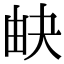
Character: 𤱉